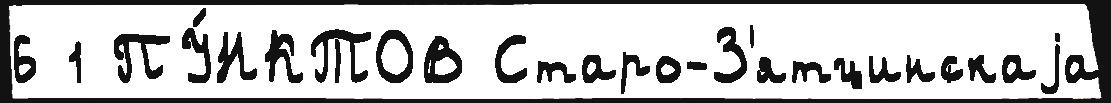
6 1 ПУ́НКТОВ Старо-З'ятцинскаjа